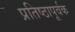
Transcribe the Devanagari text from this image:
प्रतिष्ठापूर्वक